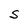
Character: S